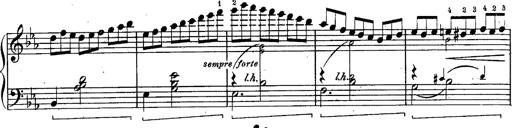
Title: Schubert's Impromptus [revised and edited by Franz Liszt]
Composer: Franz Liszt